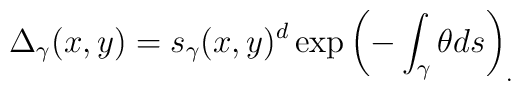
\Delta_\gamma(x,y) = s_\gamma(x,y)^d\exp\left( - \int_\gamma \theta ds \right)_.